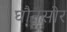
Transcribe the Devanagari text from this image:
घौनसोर